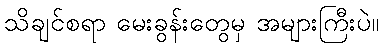
သိချင်စရာ မေးခွန်းတွေမှ အများကြီးပဲ။